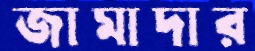
জামাদার